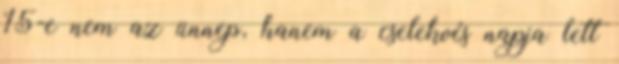
15-e nem az ünnep, hanem a cselekvés napja lett